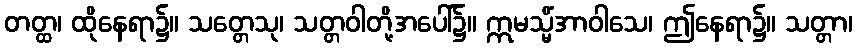
တတ္ထ၊ ထိုနေရာ၌။ သတ္တေသု၊ သတ္တဝါတို့အပေါ်၌။ ဣမသ္မိံအာဝါသေ၊ ဤနေရာ၌။ သတ္တာ၊